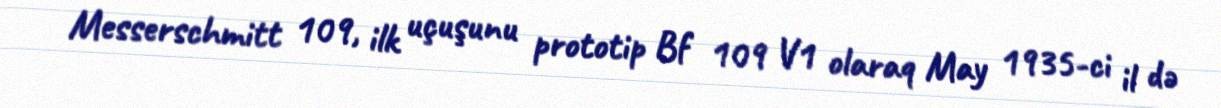
Messerschmitt 109, ilk uçuşunu prototip Bf 109 V1 olaraq May 1935-ci il də